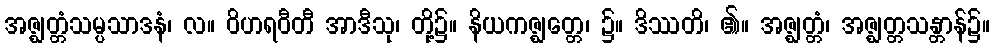
အဇ္ဈတ္တံသမ္ပသာဒနံ၊ လ။ ဝိဟရဝီတီ အာဒီသု၊ တို့၌။ နိယကဇ္ဈတ္တေ၊ ၌။ ဒိဿတိ၊ ၏။ အဇ္ဈတ္တံ၊ အဇ္ဈတ္တသန္တာန်၌။